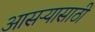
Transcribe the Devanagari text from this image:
आसऱ्यासाठी